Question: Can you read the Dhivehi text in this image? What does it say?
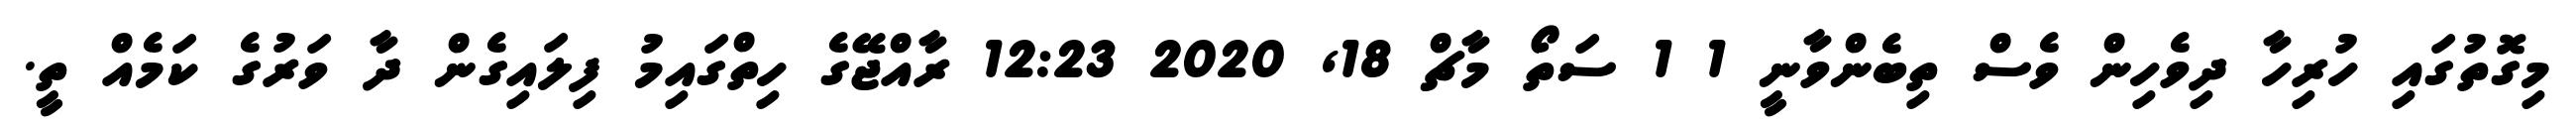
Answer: މިގޮތުގައި ހުރިހާ ދިވެހިން ވެސް ތިބެންވާނީ 1 1 ސަތޯ މާޗް 18, 2020 12:23 ރާއްޖޭގެ ހިތްގައިމު ފިލައިގެން ދާ ވަރުގެ ކަމެއް ތީ.